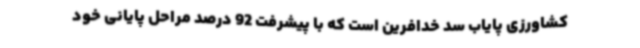
کشاورزی پایاب سد خدافرین است که با پیشرفت 92 درصد مراحل پایانی خود